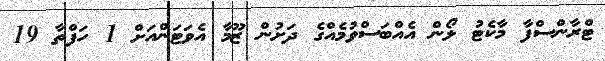
ޓްރާންސްފާ މާކެޓު ލޯން އެއްބަސްވުމެއްގެ ދަށުން ޒޫމާ އެވަޓަންއަށް 1 ހަފްތާ 19